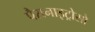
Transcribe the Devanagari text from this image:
पैरानाइट्रोसो